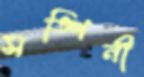
সঙ্গিনী